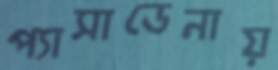
প্যাসাডেনায়